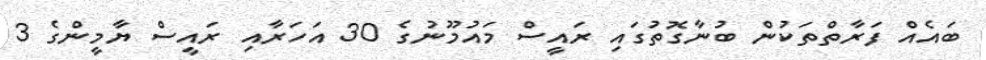
ބައެއް ފަރާތްތަކުން ބުނާގޮތުގައި ރައީސް މައުމޫނުގެ 30 އަހަރާއި ރައީސް ޔާމީންގެ 3